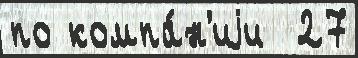
по компа́н'иjи  27